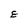
Character: E